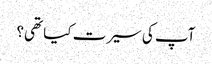
آپ کی سیرت کیا تھی؟